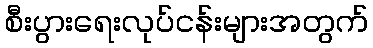
စီးပွားရေးလုပ်ငန်းများအတွက်